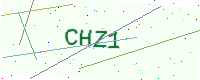
Text: CHZ1